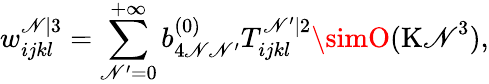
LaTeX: w_{ijkl}^{\mathscr{N}|3}=\sum_{\mathscr{N}^{\prime}=0}^{+\infty}b_{4\mathscr{N}\mathscr{N}^{\prime}}^{(0)}T_{ijkl}^{\mathscr{N}^{\prime}|2}\simO(\mathrm{{K\mathscr{N}}}^{3}),